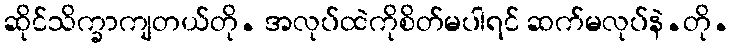
ဆိုင်သိက္ခာကျတယ်တို. အလုပ်ထဲကိုစိတ်မပါရင် ဆက်မလုပ်နဲ.တို.